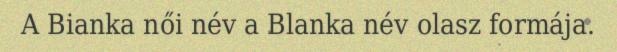
A Bianka női név a Blanka név olasz formája.